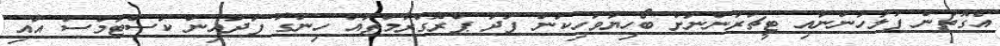
އެގޮތުން ފުލުހުންނާއި ޓީޗަރުންނަށް ބޯހިޔާވަހިކަން ފަދަ ޕްރޮގްރާމްތައް ހިންގާ ފަދައިން ކަސްޓަމްސް އާއި